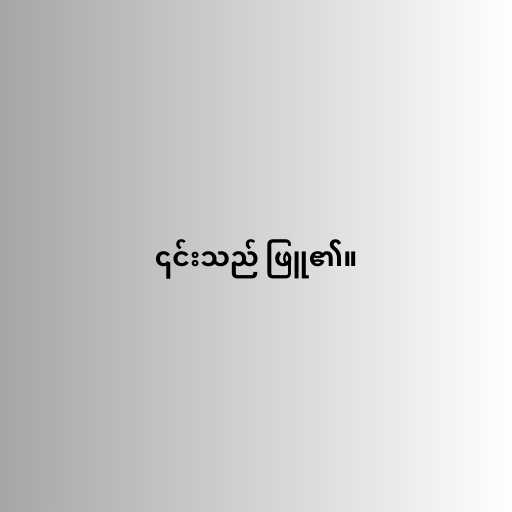
၎င်းသည် ဖြူ၏။